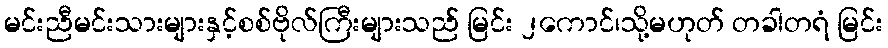
မင်းညီမင်းသားများနှင့်စစ်ဗိုလ်ကြီးများသည် မြင်း ၂ကောင်၊သို့မဟုတ် တခါတရံ မြင်း